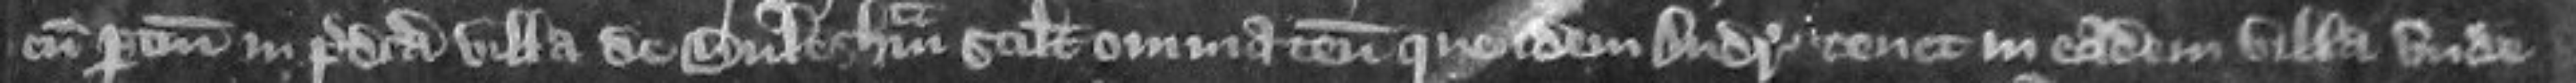
cum pertinenciis in predicta villa de Bulesham scilicet omnia tenementa que idem Andreas tenet in eadem villa unde